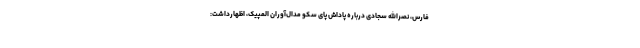
فارس، نصرالله سجادی درباره پاداش پای سکو مدال‌آوران المپیک، اظهارداشت: